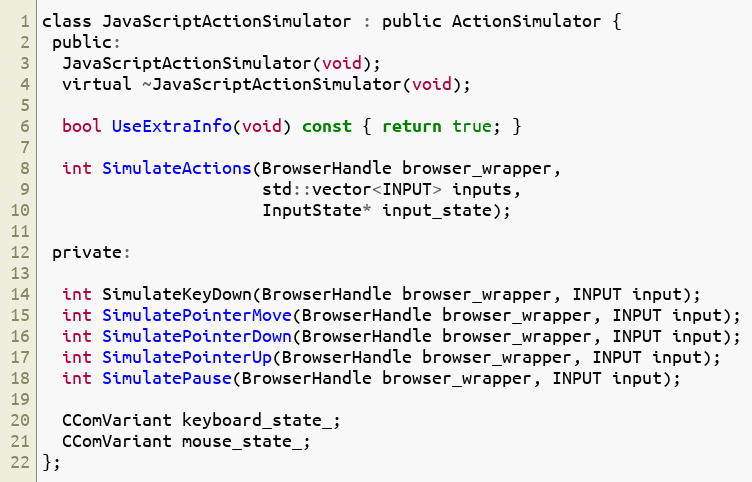
Language: C
class JavaScriptActionSimulator : public ActionSimulator {
 public:
  JavaScriptActionSimulator(void);
  virtual ~JavaScriptActionSimulator(void);

  bool UseExtraInfo(void) const { return true; }

  int SimulateActions(BrowserHandle browser_wrapper,
                      std::vector<INPUT> inputs,
                      InputState* input_state);

 private:

  int SimulateKeyDown(BrowserHandle browser_wrapper, INPUT input);
  int SimulatePointerMove(BrowserHandle browser_wrapper, INPUT input);
  int SimulatePointerDown(BrowserHandle browser_wrapper, INPUT input);
  int SimulatePointerUp(BrowserHandle browser_wrapper, INPUT input);
  int SimulatePause(BrowserHandle browser_wrapper, INPUT input);

  CComVariant keyboard_state_;
  CComVariant mouse_state_;
};